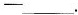
-___.